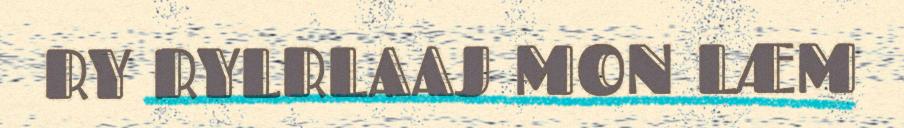
RY RYLRLAAJ MON LÆM